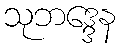
သုဘဒ္ဒေန